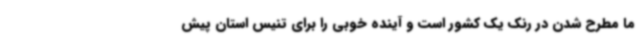
ما مطرح شدن در رنک یک کشور است و آینده خوبی را برای تنیس استان پیش